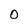
Character: O